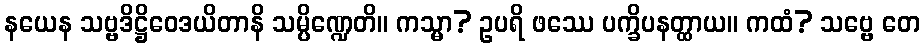
နယေန သဗ္ဗဒိဋ္ဌိဝေဒယိတာနိ သမ္ပိဏ္ဍေတိ။ ကသ္မာ? ဥပရိ ဖဿေ ပက္ခိပနတ္ထာယ။ ကထံ? သဗ္ဗေ တေ